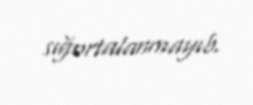
sığortalanmayıb.